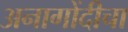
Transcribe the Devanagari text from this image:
अनागोंदीचा